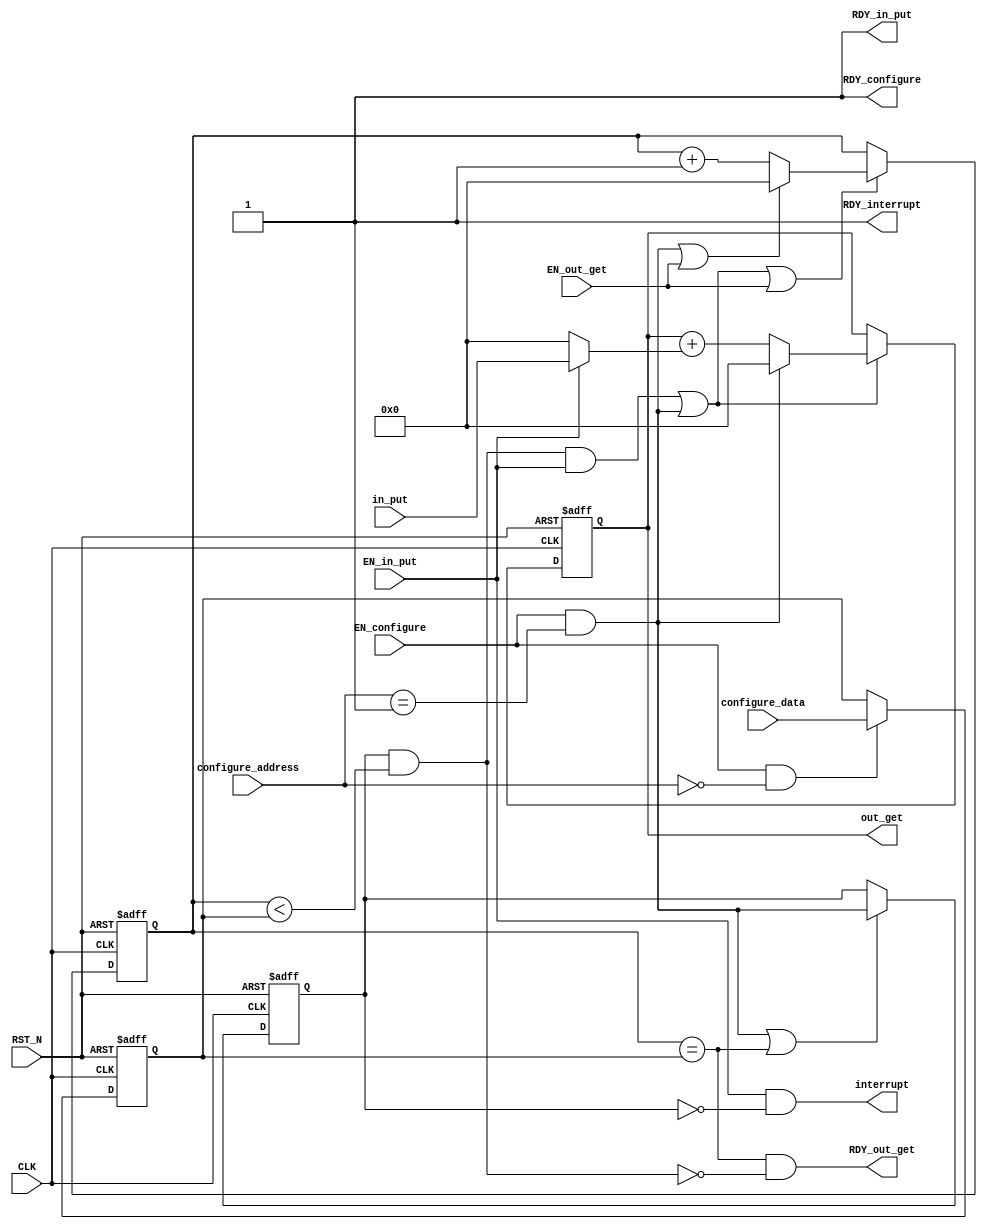
//
// Generated by Bluespec Compiler (build 7d0b6cf)
//
// On Thu Mar 18 16:39:37 IST 2021
//
//
// Ports:
// Name                         I/O  size props
// RDY_in_put                     O     1 const
// out_get                        O     8 reg
// RDY_out_get                    O     1
// RDY_configure                  O     1 const
// interrupt                      O     1
// RDY_interrupt                  O     1 const
// CLK                            I     1 clock
// RST_N                          I     1 reset
// in_put                         I     8
// configure_address              I     8
// configure_data                 I     8 reg
// EN_in_put                      I     1
// EN_configure                   I     1
// EN_out_get                     I     1
//
// Combinational paths from inputs to outputs:
//   EN_in_put -> interrupt
//
//

`ifdef BSV_ASSIGNMENT_DELAY
`else
  `define BSV_ASSIGNMENT_DELAY
`endif

`ifdef BSV_POSITIVE_RESET
  `define BSV_RESET_VALUE 1'b1
  `define BSV_RESET_EDGE posedge
`else
  `define BSV_RESET_VALUE 1'b0
  `define BSV_RESET_EDGE negedge
`endif

module sumofN(CLK,
	      RST_N,

	      in_put,
	      EN_in_put,
	      RDY_in_put,

	      EN_out_get,
	      out_get,
	      RDY_out_get,

	      configure_address,
	      configure_data,
	      EN_configure,
	      RDY_configure,

	      interrupt,
	      RDY_interrupt);
  input  CLK;
  input  RST_N;

  // action method in_put
  input  [7 : 0] in_put;
  input  EN_in_put;
  output RDY_in_put;

  // actionvalue method out_get
  input  EN_out_get;
  output [7 : 0] out_get;
  output RDY_out_get;

  // action method configure
  input  [7 : 0] configure_address;
  input  [7 : 0] configure_data;
  input  EN_configure;
  output RDY_configure;

  // value method interrupt
  output interrupt;
  output RDY_interrupt;

  // signals for module outputs
  wire [7 : 0] out_get;
  wire RDY_configure, RDY_in_put, RDY_interrupt, RDY_out_get, interrupt;

  // register count
  reg [7 : 0] count;
  wire [7 : 0] count$D_IN;
  wire count$EN;

  // register length
  reg [7 : 0] length;
  wire [7 : 0] length$D_IN;
  wire length$EN;

  // register start
  reg start;
  wire start$D_IN, start$EN;

  // register sum
  reg [7 : 0] sum;
  wire [7 : 0] sum$D_IN;
  wire sum$EN;

  // rule scheduling signals
  wire WILL_FIRE_RL_so5;

  // inputs to muxes for submodule ports
  wire [7 : 0] MUX_count$write_1__VAL_3, MUX_sum$write_1__VAL_2;
  wire MUX_count$write_1__SEL_1;

  // remaining internal signals
  wire [7 : 0] y__h346;

  // action method in_put
  assign RDY_in_put = 1'd1 ;

  // actionvalue method out_get
  assign out_get = sum ;
  assign RDY_out_get = count == length && !WILL_FIRE_RL_so5 ;

  // action method configure
  assign RDY_configure = 1'd1 ;

  // value method interrupt
  assign interrupt = EN_in_put && !start ;
  assign RDY_interrupt = 1'd1 ;

  // rule RL_so5
  assign WILL_FIRE_RL_so5 = start && count < length ;

  // inputs to muxes for submodule ports
  assign MUX_count$write_1__SEL_1 =
	     EN_configure && configure_address == 8'd1 ;
  assign MUX_count$write_1__VAL_3 = count + 8'd1 ;
  assign MUX_sum$write_1__VAL_2 = sum + y__h346 ;

  // register count
  assign count$D_IN =
	     (MUX_count$write_1__SEL_1 || EN_out_get) ?
	       8'd0 :
	       MUX_count$write_1__VAL_3 ;
  assign count$EN =
	     WILL_FIRE_RL_so5 && EN_in_put ||
	     EN_configure && configure_address == 8'd1 ||
	     EN_out_get ;

  // register length
  assign length$D_IN = configure_data ;
  assign length$EN = EN_configure && configure_address == 8'd0 ;

  // register start
  assign start$D_IN = MUX_count$write_1__SEL_1 ;
  assign start$EN =
	     EN_configure && configure_address == 8'd1 || count == length ;

  // register sum
  assign sum$D_IN = MUX_count$write_1__SEL_1 ? 8'd0 : MUX_sum$write_1__VAL_2 ;
  assign sum$EN =
	     WILL_FIRE_RL_so5 && EN_in_put ||
	     EN_configure && configure_address == 8'd1 ;

  // remaining internal signals
  assign y__h346 = EN_in_put ? in_put : 8'd0 ;

  // handling of inlined registers

  always@(posedge CLK or `BSV_RESET_EDGE RST_N)
  if (RST_N == `BSV_RESET_VALUE)
    begin
      count <= `BSV_ASSIGNMENT_DELAY 8'd0;
      length <= `BSV_ASSIGNMENT_DELAY 8'h0F;
      start <= `BSV_ASSIGNMENT_DELAY 1'd0;
      sum <= `BSV_ASSIGNMENT_DELAY 8'd0;
    end
  else
    begin
      if (count$EN) count <= `BSV_ASSIGNMENT_DELAY count$D_IN;
      if (length$EN) length <= `BSV_ASSIGNMENT_DELAY length$D_IN;
      if (start$EN) start <= `BSV_ASSIGNMENT_DELAY start$D_IN;
      if (sum$EN) sum <= `BSV_ASSIGNMENT_DELAY sum$D_IN;
    end

  // synopsys translate_off
  `ifdef BSV_NO_INITIAL_BLOCKS
  `else // not BSV_NO_INITIAL_BLOCKS
  initial
  begin
    count = 8'hAA;
    length = 8'hAA;
    start = 1'h0;
    sum = 8'hAA;
  end
  `endif // BSV_NO_INITIAL_BLOCKS
  // synopsys translate_on
endmodule  // sumof5